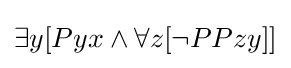
\exists y[Pyx\land \forall z[\lnot PPzy]]